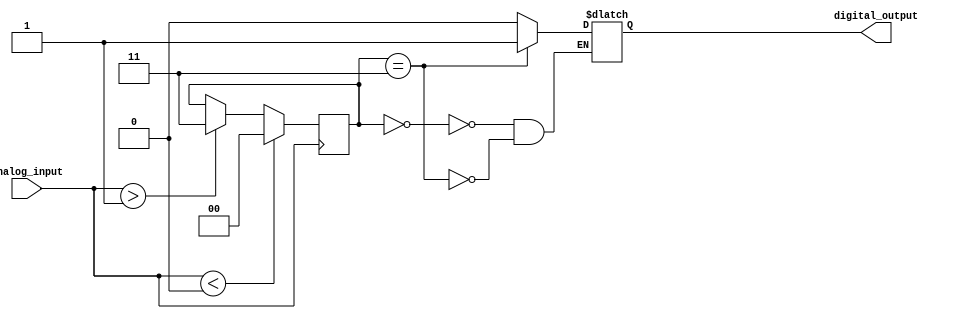
module schmitt_trigger_buffer (
    input wire analog_input,
    output reg digital_output
);

reg [1:0] state;

always @ (posedge analog_input)
    if (analog_input < 1'b0) begin
        state <= 2'b00;
    end else if (analog_input > 1'b1) begin
        state <= 2'b11;
    end else begin
        state <= state;
    end

always @ (*) begin
    case (state)
        2'b00: digital_output <= 1'b0;
        2'b11: digital_output <= 1'b1;
        default: digital_output <= digital_output;
    endcase
end

endmodule